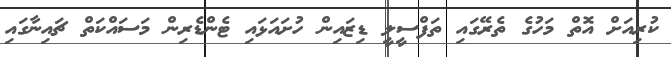
ކުރިއަށް އޮތް މަހުގެ ތެރޭގައި ތަފްސީލީ ޑިޒައިން ހުށައަޅައި ޓެންޑެރިން މަސައްކަތް ޗައިނާގައި